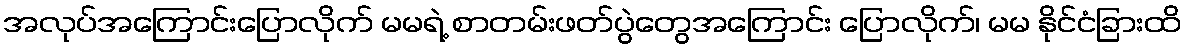
အလုပ်အကြောင်းပြောလိုက် မမရဲ့ စာတမ်းဖတ်ပွဲတွေအကြောင်း ပြောလိုက်၊ မမ နိုင်ငံခြားထိ